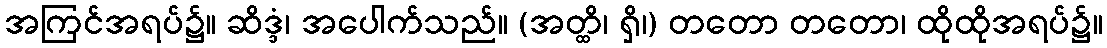
အကြင်အရပ်၌။ ဆိဒ္ဒံ၊ အပေါက်သည်။ (အတ္ထိ၊ ရှိ၊) တတော တတော၊ ထိုထိုအရပ်၌။